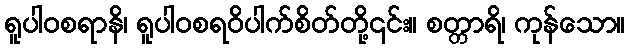
ရူပါဝစရာနိ၊ ရူပါဝစရဝိပါက်စိတ်တို့၎င်း။ စတ္တာရိ၊ ကုန်သော။